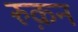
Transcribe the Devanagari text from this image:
रुक़न